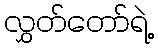
လွှတ်တော်ရဲ့